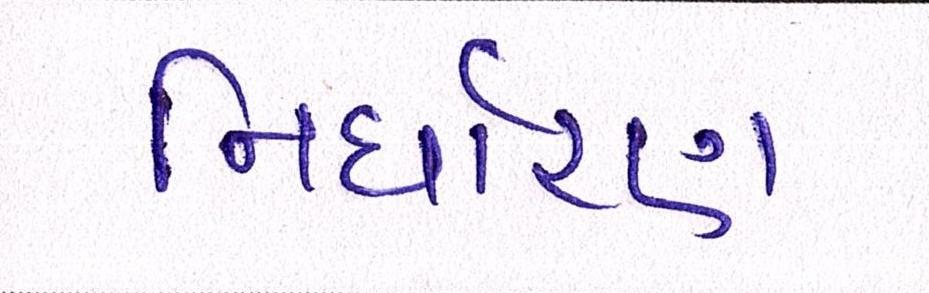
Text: નિર્ધારણ